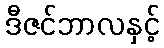
ဒီဇင်ဘာလနှင့်